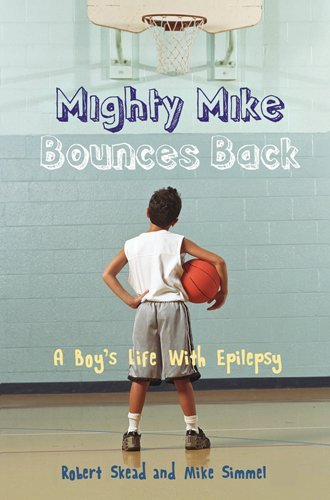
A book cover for Mighty Mike Bounces Back: A Boy's Life with Epilepsy; Robert Skead; Health, Fitness & Dieting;